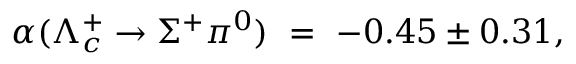
\alpha ( \Lambda _ { c } ^ { + } \rightarrow \Sigma ^ { + } \pi ^ { 0 } ) ~ = ~ - 0 . 4 5 \pm 0 . 3 1 ,